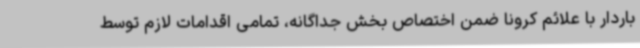
باردار با علائم کرونا ضمن اختصاص بخش جداگانه، تمامی اقدامات لازم توسط